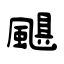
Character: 颶